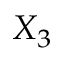
X _ { 3 }